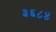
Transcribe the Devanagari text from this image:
३६८४